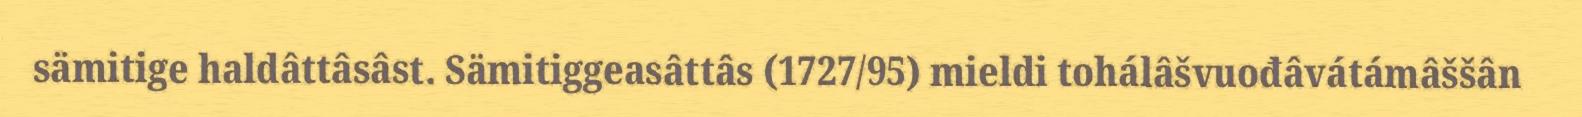
sämitige haldâttâsâst. Sämitiggeasâttâs (1727/95) mieldi tohálâšvuođâvátámâššân